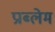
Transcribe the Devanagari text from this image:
प्राब्लेम